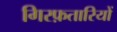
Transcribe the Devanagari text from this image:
गिरफ़तारियों